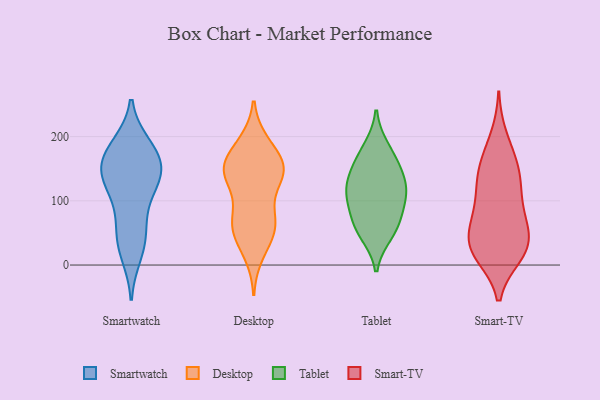
{"axis": {"x": "Market Share (%)", "y": "Value"}, "legend": ["Desktop", "Smart-TV", "Smartwatch", "Tablet"], "data": [{"x": "", "y": 157, "type": "Smartwatch"}, {"x": "", "y": 150, "type": "Smartwatch"}, {"x": "", "y": 123, "type": "Smartwatch"}, {"x": "", "y": 186, "type": "Smartwatch"}, {"x": "", "y": 49, "type": "Smartwatch"}, {"x": "", "y": 151, "type": "Smartwatch"}, {"x": "", "y": 185, "type": "Smartwatch"}, {"x": "", "y": 144, "type": "Smartwatch"}, {"x": "", "y": 105, "type": "Smartwatch"}, {"x": "", "y": 131, "type": "Smartwatch"}, {"x": "", "y": 32, "type": "Smartwatch"}, {"x": "", "y": 17, "type": "Smartwatch"}, {"x": "", "y": 174, "type": "Smartwatch"}, {"x": "", "y": 66, "type": "Smartwatch"}, {"x": "", "y": 150, "type": "Desktop"}, {"x": "", "y": 73, "type": "Desktop"}, {"x": "", "y": 190, "type": "Desktop"}, {"x": "", "y": 18, "type": "Desktop"}, {"x": "", "y": 149, "type": "Desktop"}, {"x": "", "y": 158, "type": "Desktop"}, {"x": "", "y": 160, "type": "Desktop"}, {"x": "", "y": 188, "type": "Desktop"}, {"x": "", "y": 144, "type": "Desktop"}, {"x": "", "y": 65, "type": "Desktop"}, {"x": "", "y": 73, "type": "Desktop"}, {"x": "", "y": 142, "type": "Desktop"}, {"x": "", "y": 70, "type": "Desktop"}, {"x": "", "y": 43, "type": "Desktop"}, {"x": "", "y": 134, "type": "Desktop"}, {"x": "", "y": 134, "type": "Desktop"}, {"x": "", "y": 49, "type": "Desktop"}, {"x": "", "y": 111, "type": "Tablet"}, {"x": "", "y": 113, "type": "Tablet"}, {"x": "", "y": 160, "type": "Tablet"}, {"x": "", "y": 182, "type": "Tablet"}, {"x": "", "y": 49, "type": "Tablet"}, {"x": "", "y": 65, "type": "Tablet"}, {"x": "", "y": 63, "type": "Tablet"}, {"x": "", "y": 101, "type": "Tablet"}, {"x": "", "y": 126, "type": "Tablet"}, {"x": "", "y": 148, "type": "Tablet"}, {"x": "", "y": 50, "type": "Smart-TV"}, {"x": "", "y": 22, "type": "Smart-TV"}, {"x": "", "y": 37, "type": "Smart-TV"}, {"x": "", "y": 164, "type": "Smart-TV"}, {"x": "", "y": 132, "type": "Smart-TV"}, {"x": "", "y": 67, "type": "Smart-TV"}, {"x": "", "y": 18, "type": "Smart-TV"}, {"x": "", "y": 199, "type": "Smart-TV"}, {"x": "", "y": 24, "type": "Smart-TV"}, {"x": "", "y": 16, "type": "Smart-TV"}, {"x": "", "y": 109, "type": "Smart-TV"}, {"x": "", "y": 144, "type": "Smart-TV"}, {"x": "", "y": 118, "type": "Smart-TV"}, {"x": "", "y": 74, "type": "Smart-TV"}, {"x": "", "y": 159, "type": "Smart-TV"}, {"x": "", "y": 79, "type": "Smart-TV"}, {"x": "", "y": 31, "type": "Smart-TV"}]}